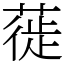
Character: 蓰